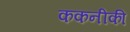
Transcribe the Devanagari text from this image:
ककनीकी